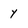
Character: y